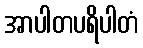
အာပါတပရိပါတံ